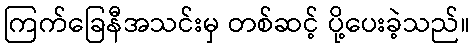
ကြက်ခြေနီအသင်းမှ တစ်ဆင့် ပို့ပေးခဲ့သည်။